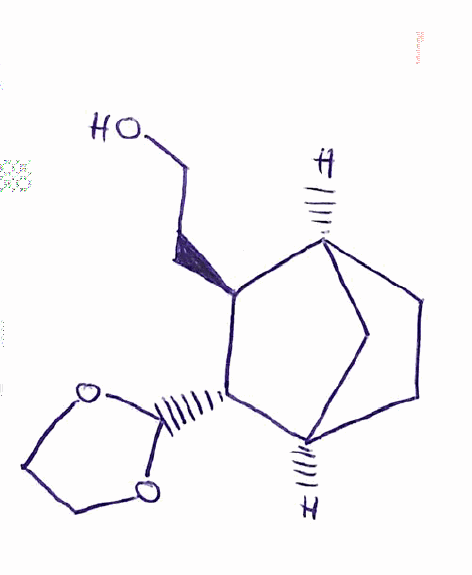
Simplified molecular-input line-entry system (SMILES) notation of the given molecule:
C1C[C@@H]2C[C@H]1[C@@H]([C@H]2C3OCCO3)CCO